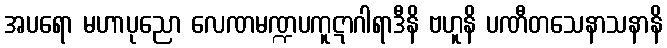
အပရော မဟာပုညော လေဏမဏ္ဍပကူဋာဂါရာဒီနိ ဗဟူနိ ပဏီတသေနာသနာနိ